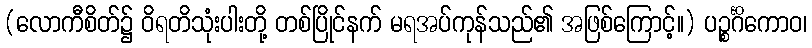
(လောကီစိတ်၌ ဝိရတိသုံးပါးတို့ တစ်ပြိုင်နက် မရအပ်ကုန်သည်၏ အဖြစ်ကြောင့်။) ပဉ္စင်္ဂိကောဝ၊